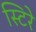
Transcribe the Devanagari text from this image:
स्टिरे